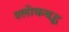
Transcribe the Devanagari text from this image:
श्लाेकबद्ध